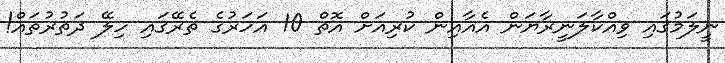
ނީލަމުގައި ވިއްކާލަނީރާޔަން އެއާއިން ކުރިއަށް އޮތް 10 އަހަރުގެ ތެރޭގައި ހިލޭ ދަތުރުތައް!